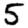
Digit: 5